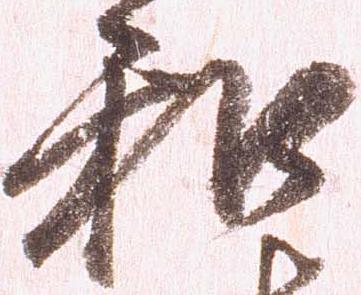
和